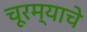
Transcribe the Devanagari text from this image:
चूरम्याचे